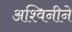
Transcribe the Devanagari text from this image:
अश्विनीने